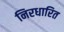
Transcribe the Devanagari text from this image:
निरधारित